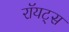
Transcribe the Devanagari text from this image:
रॉयट्स